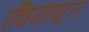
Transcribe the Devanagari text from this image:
रशियाबद्दल